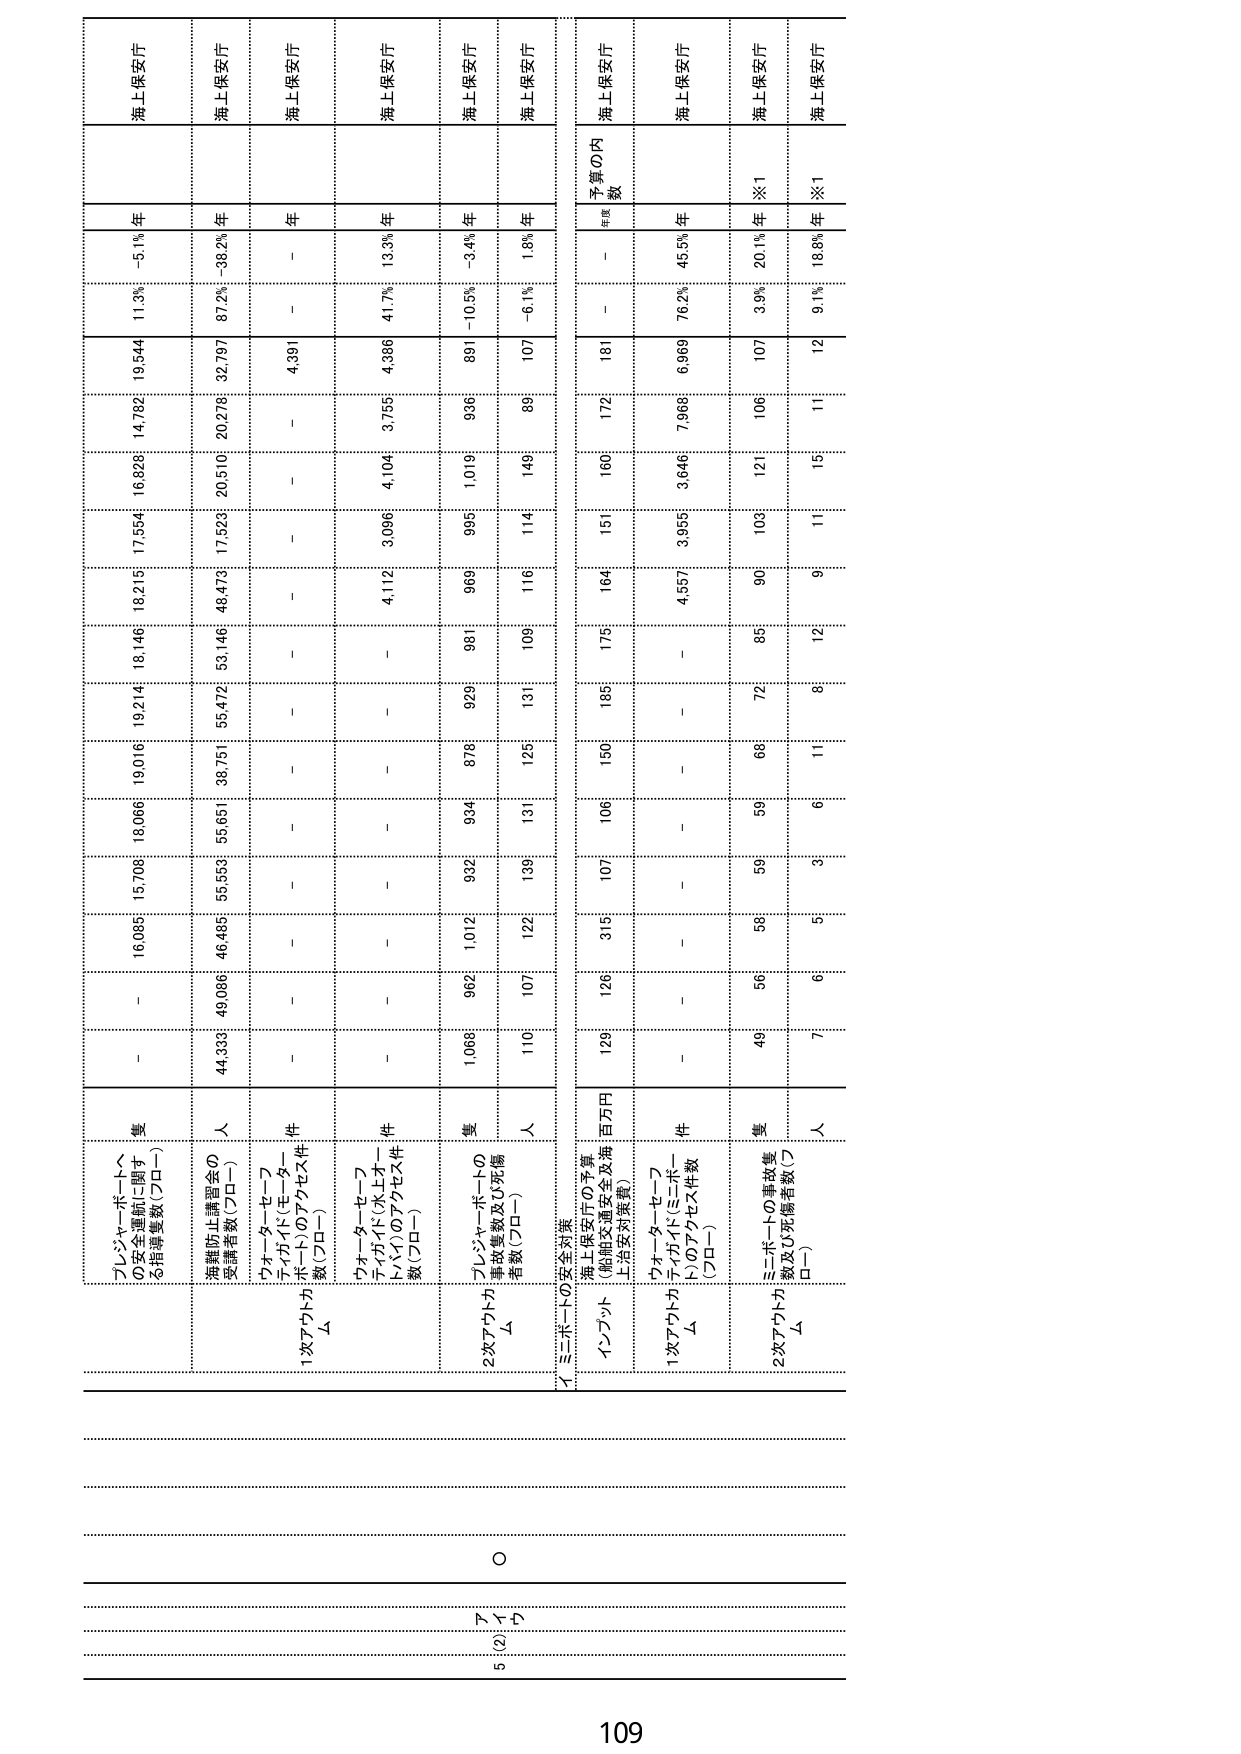
5 (2) 1 7 2 0

109

プレジャーボートへの安全運航に関する指導件数（フロー） 件
16,085 15,706 18,066 19,016 19,214 18,146 18,215 17,554 16,828 14,782 19,544 11.3% -5.1% 年 海上保安庁

避難防止講習会の受講者数（フロー） 人
44,339 49,096 46,485 55,559 55,681 38,751 58,472 53,146 48,478 17,523 20,510 32,797 87.2% -38.2% 年 海上保安庁

ウオーターセーフティ・ガイド（モニターボート）のアクセス件数（フロー） 件
- - - - - - - - - - 4,391 - - 年 海上保安庁

ウオーターセーフティ・ガイド（水上オペレーター）のアクセス件数（フロー） 件
- - - - - - 4,112 3,096 4,104 3,755 4,386 41.7% 13.3% 年 海上保安庁

2次アクションカム Δ
ウオーターセーフティ・ガイドの事故件数及び死傷者数（フロー） 件
1,066 962 1,012 932 934 876 929 981 969 995 1,016 936 891 -10.5% -3.4% 年 海上保安庁

1次アクションカム Δ
ウオーターセーフティ・ガイド（モニターボート）のアクセス件数（フロー） 件
110 107 122 139 131 125 131 109 116 114 149 89 107 -6.1% 1.8% 年 海上保安庁

イ モニターボートの安全対策
インプット
海上保安庁の予算（船舶交通安全管理上対策対策費） 百万円
129 126 315 107 106 150 185 175 164 151 160 172 181 - - 年 海上保安庁

1次アクションカム Δ
ウオーターセーフティ・ガイド（モニターボート）のアクセス件数（フロー） 件
- - - - - - 4,557 3,955 3,646 7,966 6,969 76.2% 45.5% 年 海上保安庁

2次アクションカム Δ
モニターボートの事故件数及び死傷者数（フロー） 件
49 56 59 59 69 72 85 90 103 121 106 107 3.9% 20.1% 年 ※1 海上保安庁

人
7 6 5 3 6 11 8 12 9 11 15 11 12 9.1% 18.8% 年 ※1 海上保安庁

手厚の内数
年次